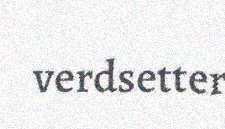
verdsetter